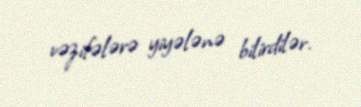
vəzifələrə yiyələnə bilirdilər.